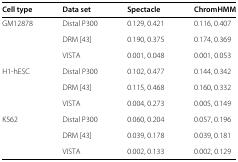
| Cell type | Data set | Spectacle | ChromHMM |
 | --- | --- | --- | --- |
 | GM12878 | Distal P300 | 0.129, 0.421 | 0.116, 0.407 |
 |  | DRM [43] | 0.190, 0.375 | 0.174, 0.369 |
 |  | VISTA | 0.001, 0.048 | 0.001, 0.053 |
 | H1-hESC | Distal P300 | 0.102, 0.477 | 0.144, 0.342 |
 |  | DRM [43] | 0.115, 0.468 | 0.160, 0.332 |
 |  | VISTA | 0.004, 0.273 | 0.005, 0.149 |
 | K562 | Distal P300 | 0.060, 0.204 | 0.057, 0.196 |
 |  | DRM [43] | 0.039, 0.178 | 0.039, 0.181 |
 |  | VISTA | 0.002, 0.133 | 0.002, 0.129 |